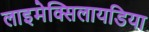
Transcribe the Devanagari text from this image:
लाइमेक्सिलायडिया